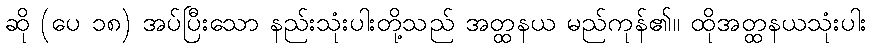
ဆို (ပေ ၁၈) အပ်ပြီးသော နည်းသုံးပါးတို့သည် အတ္ထနယ မည်ကုန်၏။ ထိုအတ္ထနယသုံးပါး